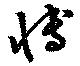
愽